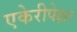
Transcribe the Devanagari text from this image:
एकेरीपेक्षा